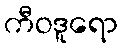
ကီဝဒူရော